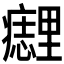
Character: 𰤈